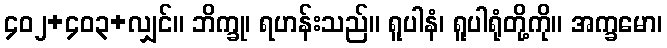
၄၀၂+၄၀၃+လျှင်။ ဘိက္ခု၊ ရဟန်းသည်။ ရူပါနံ၊ ရူပါရုံတို့ကို။ အက္ခမော၊